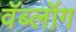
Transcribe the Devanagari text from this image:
वॅब्लॉग